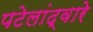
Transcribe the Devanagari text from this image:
पटेलांद्वारे